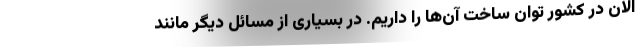
الان در کشور توان ساخت آن‌ها را داریم. در بسیاری از مسائل دیگر مانند